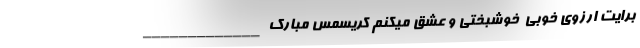
برایت ارزوی خوبی ُ خوشبختی و عشق میکنم کریسمس مبارک _____________